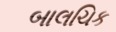
બાલચિક